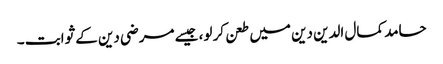
حامد کمال الدین دین میں طعن کر لو، جیسے مرضی دین کے ثوابت ۔